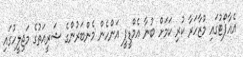
އެއާޕޯޓުގައި މުޒާހަރާ ކުރި ކަމަށް ބުނާ އެމްޑީޕީ އަންހެން މެންބަރުންގެ ޝަރީއަތުގެ މަޖިލީހުގައި